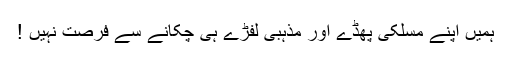
ہمیں اپنے مسلکی پھڈے اور مذہبی لفڑے ہی چکانے سے فرصت نہیں !